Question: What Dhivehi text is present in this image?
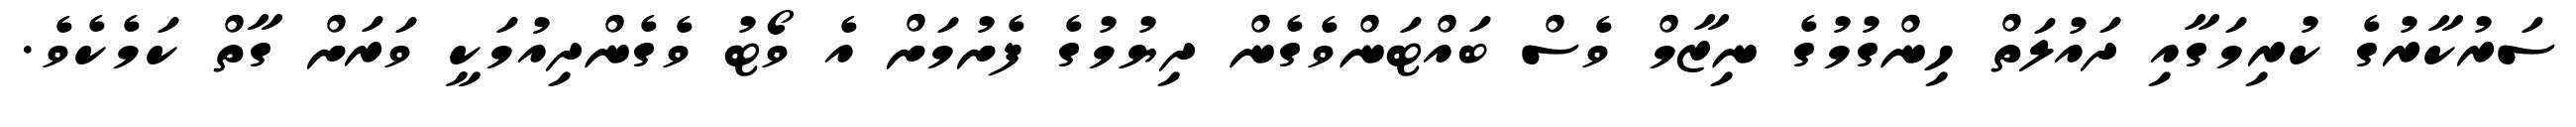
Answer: ސަރުކާރުގެ ކުރިމަގާއި ދައުލަތް ހިންގުމުގެ ނިޒާމް ވެސް ބައްޓަންވެގެން ދިޔުމުގެ ފެށުމަށް އެ ވޯޓު ވެގެންދިއުމަކީ ވަރަށް ގާތް ކަމެކެވެ.